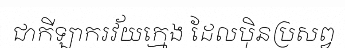
ជាកីឡាករវ័យក្មេង ដែលប៉ិនប្រសព្វ